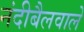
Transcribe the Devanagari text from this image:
नंदीबैलवाले